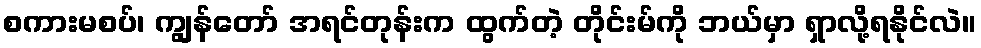
စကားမစပ်၊ ကျွန်တော် အရင်တုန်းက ထွက်တဲ့ တိုင်းမ်ကို ဘယ်မှာ ရှာလို့ရနိုင်လဲ။